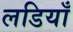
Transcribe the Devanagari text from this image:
लडियाँ